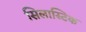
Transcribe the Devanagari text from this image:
सिलास्टिक